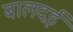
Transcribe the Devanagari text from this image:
बालदई